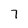
Character: 7